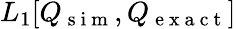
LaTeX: L_{1}[Q_{\mathrm{~s~i~m~}},Q_{\mathrm{~e~x~a~c~t~}}]